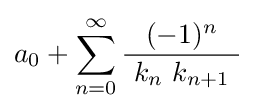
a_{0}+\sum _{n=0}^{\infty }{\frac {(-1)^{n}}{\ k_{n}\ k_{n+1}\ }}~